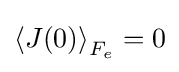
\left\langle J(0)\right\rangle _{F_{e}}=0